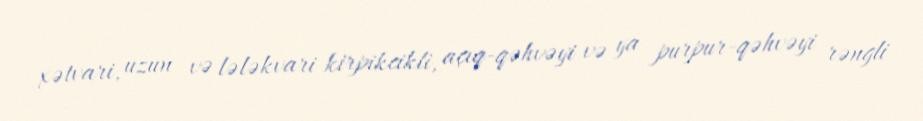
xətvari, uzun və lələkvari kirpikcikli, açıq-qəhvəyi və ya purpur-qəhvəyi rəngli